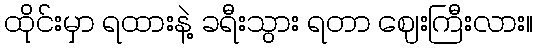
ထိုင်းမှာ ရထားနဲ့ ခရီးသွား ရတာ ဈေးကြီးလား။